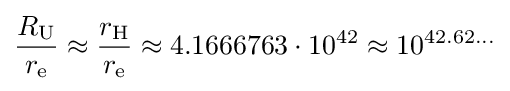
{\frac {R_{\text{U}}}{r_{\text{e}}}}\approx {\frac {r_{\text{H}}}{r_{\text{e}}}}\approx 4.1666763\cdot 10^{42}\approx 10^{42.62\ldots }